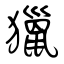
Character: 獵